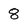
Character: 8